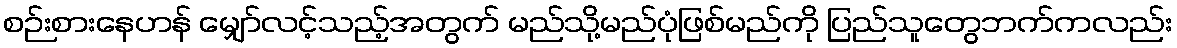
စဉ်းစားနေဟန် မျှော်လင့်သည့်အတွက် မည်သို့မည်ပုံဖြစ်မည်ကို ပြည်သူတွေဘက်ကလည်း